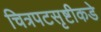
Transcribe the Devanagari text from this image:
चित्रपटसृष्टीकडे